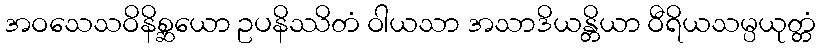
အဝသေသဝိနိစ္ဆယော ဥပနိဿိတံ ဝါယသာ အသာဒိယန္တိယာ ဝီရိယသမ္ပယုတ္တံ